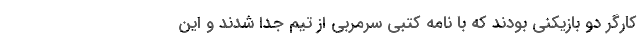
کارگر دو بازیکنی بودند که با نامه کتبی سرمربی از تیم جدا شدند و این